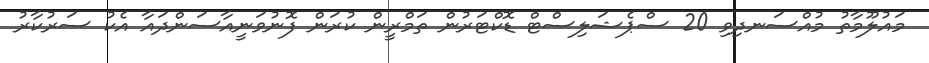
މައުލޫމާތު މުއްސަނދިވި 20 ސްޕެޝަލިސްޓް ޑޮކްޓަރުން ތަމްްރީން ކުރަން ފޮނުވަނީއާސަންދައާ އެކު ސަރުކާރު